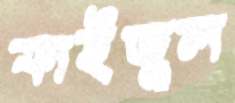
ফাইজুল